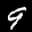
Label: 9